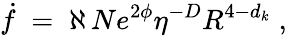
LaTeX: \dot{f}\; =\; \aleph\, Ne^{2\phi}\eta^{-D}R^{4-d_{k}}\; ,